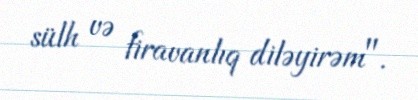
sülh və firavanlıq diləyirəm".